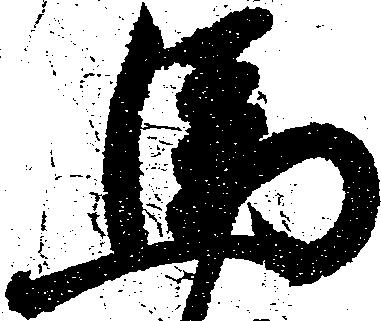
馬